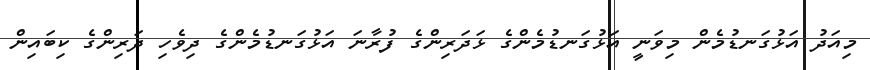
މިއަދު އަޅުގަނޑުމެން މިވަނީ އަޅުގަނޑުމެންގެ ޅަދަރިންގެ ފުރާނަ އަޅުގަނޑުމެންގެ ދިވެހި ދަރިންގެ ކިބައިން